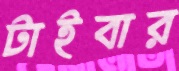
টাইবার